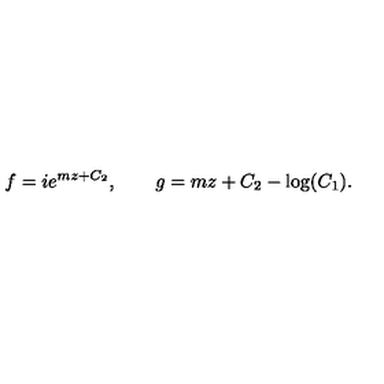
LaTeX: f = i e ^ { m z + C _ { 2 } } , \qquad g = m z + C _ { 2 } - \log ( C _ { 1 } ) .